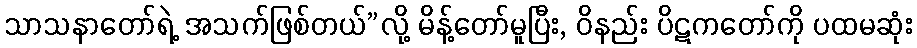
သာသနာတော်ရဲ့ အသက်ဖြစ်တယ်”လို့ မိန့်တော်မူပြီး, ဝိနည်း ပိဋကတော်ကို ပထမဆုံး